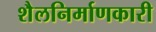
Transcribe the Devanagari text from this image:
शैलनिर्माणकारी